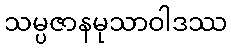
သမ္ပဇာနမုသာဝါဒဿ